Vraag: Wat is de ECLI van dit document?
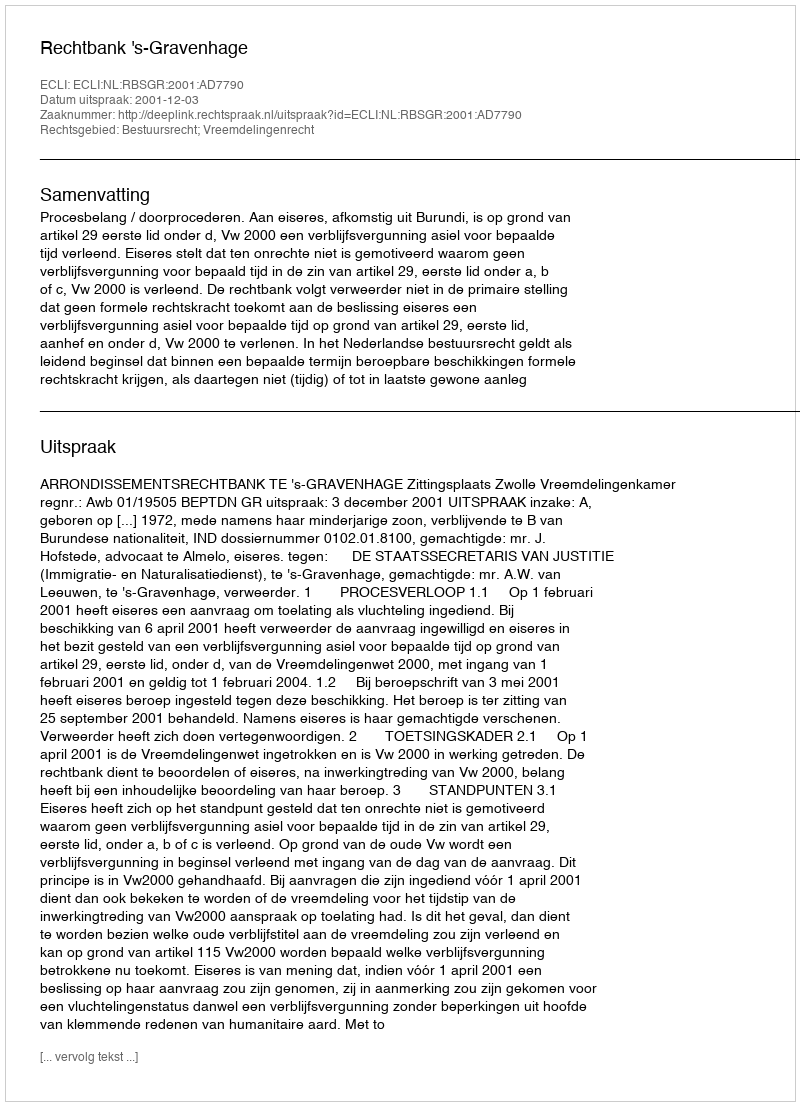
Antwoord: ECLI:NL:RBSGR:2001:AD7790